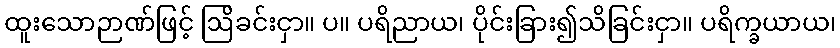
ထူးသောဉာဏ်ဖြင့် ဩိခင်းငှာ။ ပ။ ပရိညာယ၊ ပိုင်းခြား၍သိခြင်းငှာ။ ပရိက္ခယာယ၊